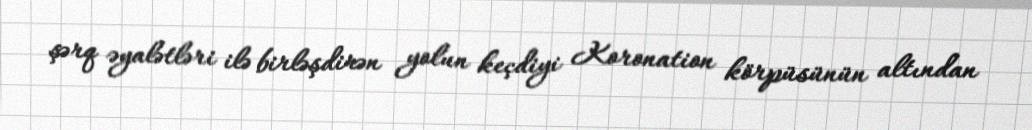
şərq əyalətləri ilə birləşdirən yolun keçdiyi Koronation körpüsünün altından